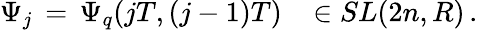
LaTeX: \Psi_{j}\, =\, \Psi_{q}(jT,(j-1)T)\, \, \, \, \, \in SL(2n,R)\, .